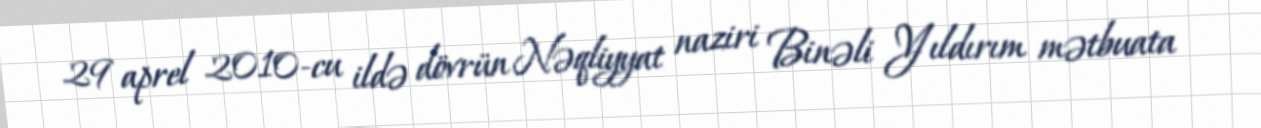
29 aprel 2010-cu ildə dövrün Nəqliyyat naziri Binəli Yıldırım mətbuata